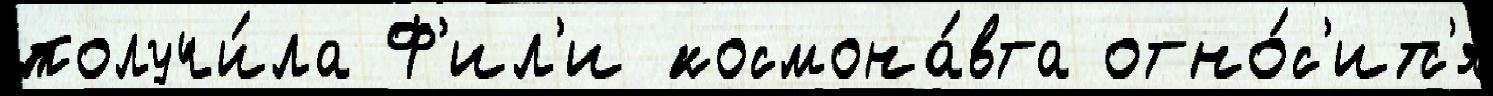
получи́ла Ф'ил'и космона́вта отно́с'итс'я